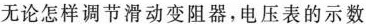
无论怎样调节滑动变阻器，电压表的示数